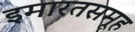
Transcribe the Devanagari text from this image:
इमारतसमूह